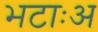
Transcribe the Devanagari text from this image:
भटाःअ